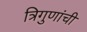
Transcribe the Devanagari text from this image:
त्रिगुणांची